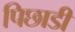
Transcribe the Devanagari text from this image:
पिछाडी